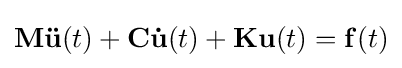
\mathbf {M} \mathbf {\ddot {u}} (t)+\mathbf {C} \mathbf {\dot {u}} (t)+\mathbf {K} \mathbf {u} (t)=\mathbf {f} (t)